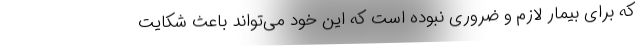
که برای بیمار لازم و ضروری نبوده است که این خود می‌تواند باعث شکایت